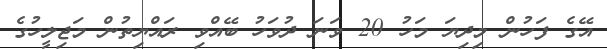
އޭގެ ފަހުން މިދިޔަ މަހު 20 ވަނަ ދުވަހު ބޭއްވި ރައްޔިތުން މަޖިލީހުގެ